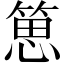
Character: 𥯨